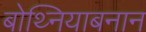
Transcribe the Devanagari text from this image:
बोथ्नियाबनान